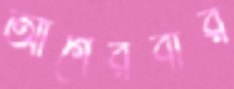
আগেরবার